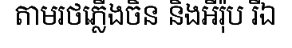
តាមរថភ្លើងចិន និងអឺរ៉ុប រីឯ